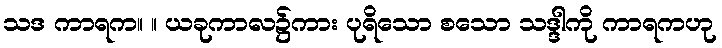
သဒ ကာရက။ ။ ယခုကာလ၌ကား ပုရိသော စသော သဒ္ဒါကို ကာရကဟု